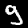
Digit: 9